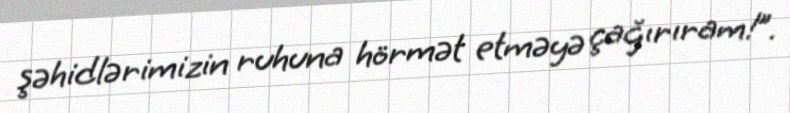
şəhidlərimizin ruhuna hörmət etməyə çağırıram!”.